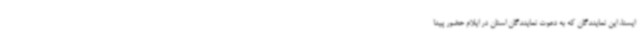
ایسنا، این نمایندگان که به دعوت نمایندگان استان در ایلام حضور پیدا